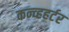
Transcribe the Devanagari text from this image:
कन्व्हहर्टर